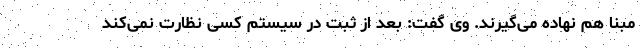
مبنا هم نهاده می‌گیرند. وی گفت: بعد از ثبت در سیستم کسی نظارت نمی‌کند